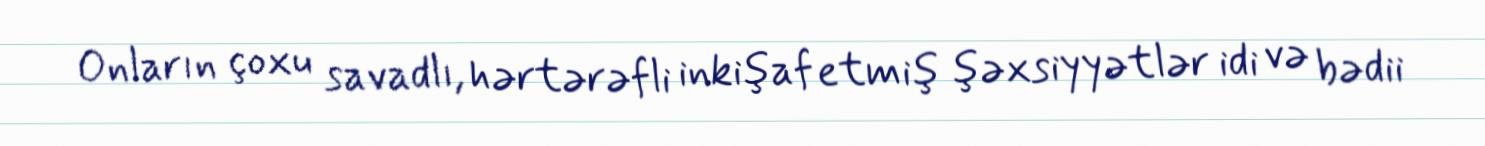
Onların çoxu savadlı, hərtərəfli inkişaf etmiş şəxsiyyətlər idi və bədii